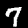
Digit: 7